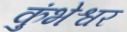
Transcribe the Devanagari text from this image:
कुंभेश्वर